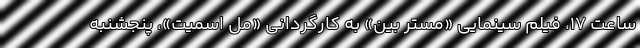
ساعت ۱۷، فیلم سینمایی «مستر بین» به کارگردانی «مل اسمیت»، پنجشنبه